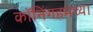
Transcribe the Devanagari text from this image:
कॉनिंगहमच्या